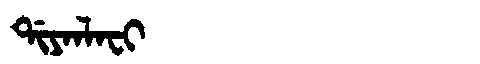
Manchu: ᡩᡳᠶᠠᠨᠯᠠᠸᡳ
Romanization: DIYANLAFI